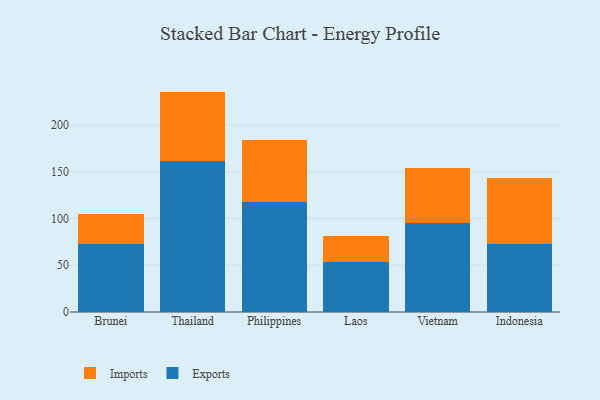
{"axis": {"x": "Country", "y": "Inventory Turnover"}, "legend": ["Exports", "Imports"], "data": [{"x": "Brunei", "y": 72.9, "type": "Exports"}, {"x": "Brunei", "y": 32.3, "type": "Imports"}, {"x": "Thailand", "y": 161.6, "type": "Exports"}, {"x": "Thailand", "y": 74.1, "type": "Imports"}, {"x": "Philippines", "y": 117.6, "type": "Exports"}, {"x": "Philippines", "y": 66.3, "type": "Imports"}, {"x": "Laos", "y": 54.0, "type": "Exports"}, {"x": "Laos", "y": 27.6, "type": "Imports"}, {"x": "Vietnam", "y": 95.2, "type": "Exports"}, {"x": "Vietnam", "y": 59.2, "type": "Imports"}, {"x": "Indonesia", "y": 73.0, "type": "Exports"}, {"x": "Indonesia", "y": 70.4, "type": "Imports"}]}